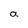
Character: a